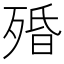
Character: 殙